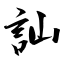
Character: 訕